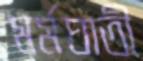
মর্মঘাতী